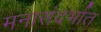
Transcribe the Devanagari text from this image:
मनासंदर्भात